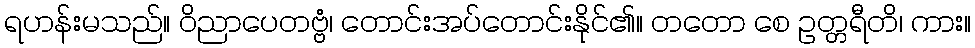
ရဟန်းမသည်။ ဝိညာပေတဗ္ဗံ၊ တောင်းအပ်တောင်းနိုင်၏။ တတော စေ ဥတ္တရီတိ၊ ကား။